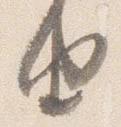
由